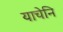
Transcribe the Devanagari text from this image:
याचेनि